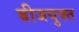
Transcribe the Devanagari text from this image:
बीजयुक्त